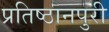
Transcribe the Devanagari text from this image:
प्रतिष्ठानपुरी